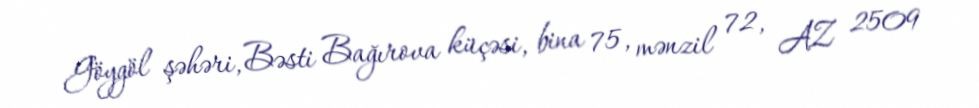
Göygöl şəhəri, Bəsti Bağırova küçəsi, bina 75, mənzil 72, AZ 2509